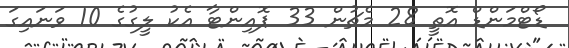
ޑޯޓްމަންޑް އޮތީ 28 މެޗުން 33 ޕޮއިންޓާ އެކު ލީގުގެ 10 ވަނައިގަ